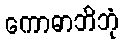
ကောဓာဘိဘုံ